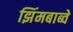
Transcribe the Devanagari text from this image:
झिंमबाब्वे